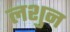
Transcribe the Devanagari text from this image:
लशुन